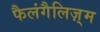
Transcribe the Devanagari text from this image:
फैलंगैलिज़्म